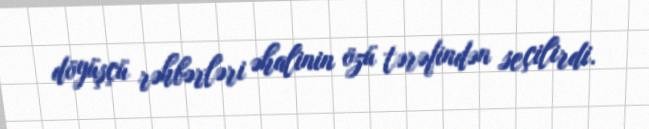
döyüşçü rəhbərləri əhalinin özü tərəfindən seçilirdi.